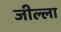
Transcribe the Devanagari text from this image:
जील्ला